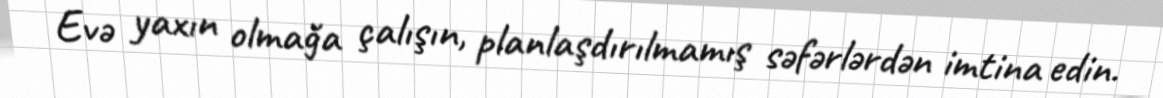
Evə yaxın olmağa çalışın, planlaşdırılmamış səfərlərdən imtina edin.